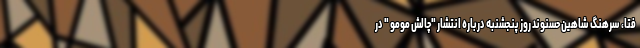
فتا، سرهنگ شاهین حسنوند روز پنجشنبه درباره انتشار "چالش مومو " در